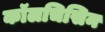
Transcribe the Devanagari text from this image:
कॉलचिसिन